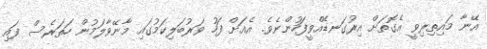
އޭނާ މައިތިރިވީ އެގޮތަށް އިރުގަނޑެއްވީފަހުންނެވެ. އެއަށް ފަހު ވަރުބަލިކަމުގައި މާނޭވާލަމުން ހަތަރެސް ފައި